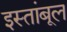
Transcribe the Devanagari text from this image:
इस्तांबूल